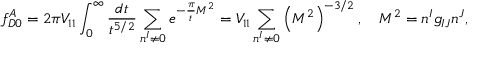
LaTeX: f _ { D 0 } ^ { A } = 2 \pi V _ { 1 1 } \int _ { 0 } ^ { \infty } \frac { d t } { t ^ { 5 / 2 } } \sum _ { n ^ { I } \ne 0 } e ^ { - \frac { \pi } { t } { \cal M } ^ { 2 } } = V _ { 1 1 } \sum _ { n ^ { I } \ne 0 } \left( { \cal M } ^ { 2 } \right) ^ { - 3 / 2 } , \quad { \cal M } ^ { 2 } = n ^ { I } g _ { I J } n ^ { J } ,